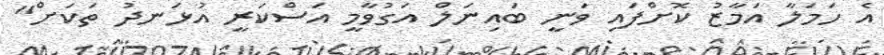
އެ ހަމަލާ އަމާޒު ކޮށްފައި ވަނީ ބައިނަލް އަގުވާމީ އަސްކަރީ އުޅަނދު ތަކަށް"